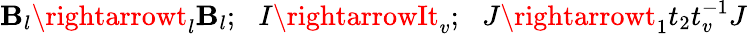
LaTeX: \mathbf{B}_{l}\rightarrowt_{l}\mathbf{B}_{l};\, \, \, \, I\rightarrowIt_{v};\, \, \, \, J\rightarrowt_{1}t_{2}t_{v}^{-1}J